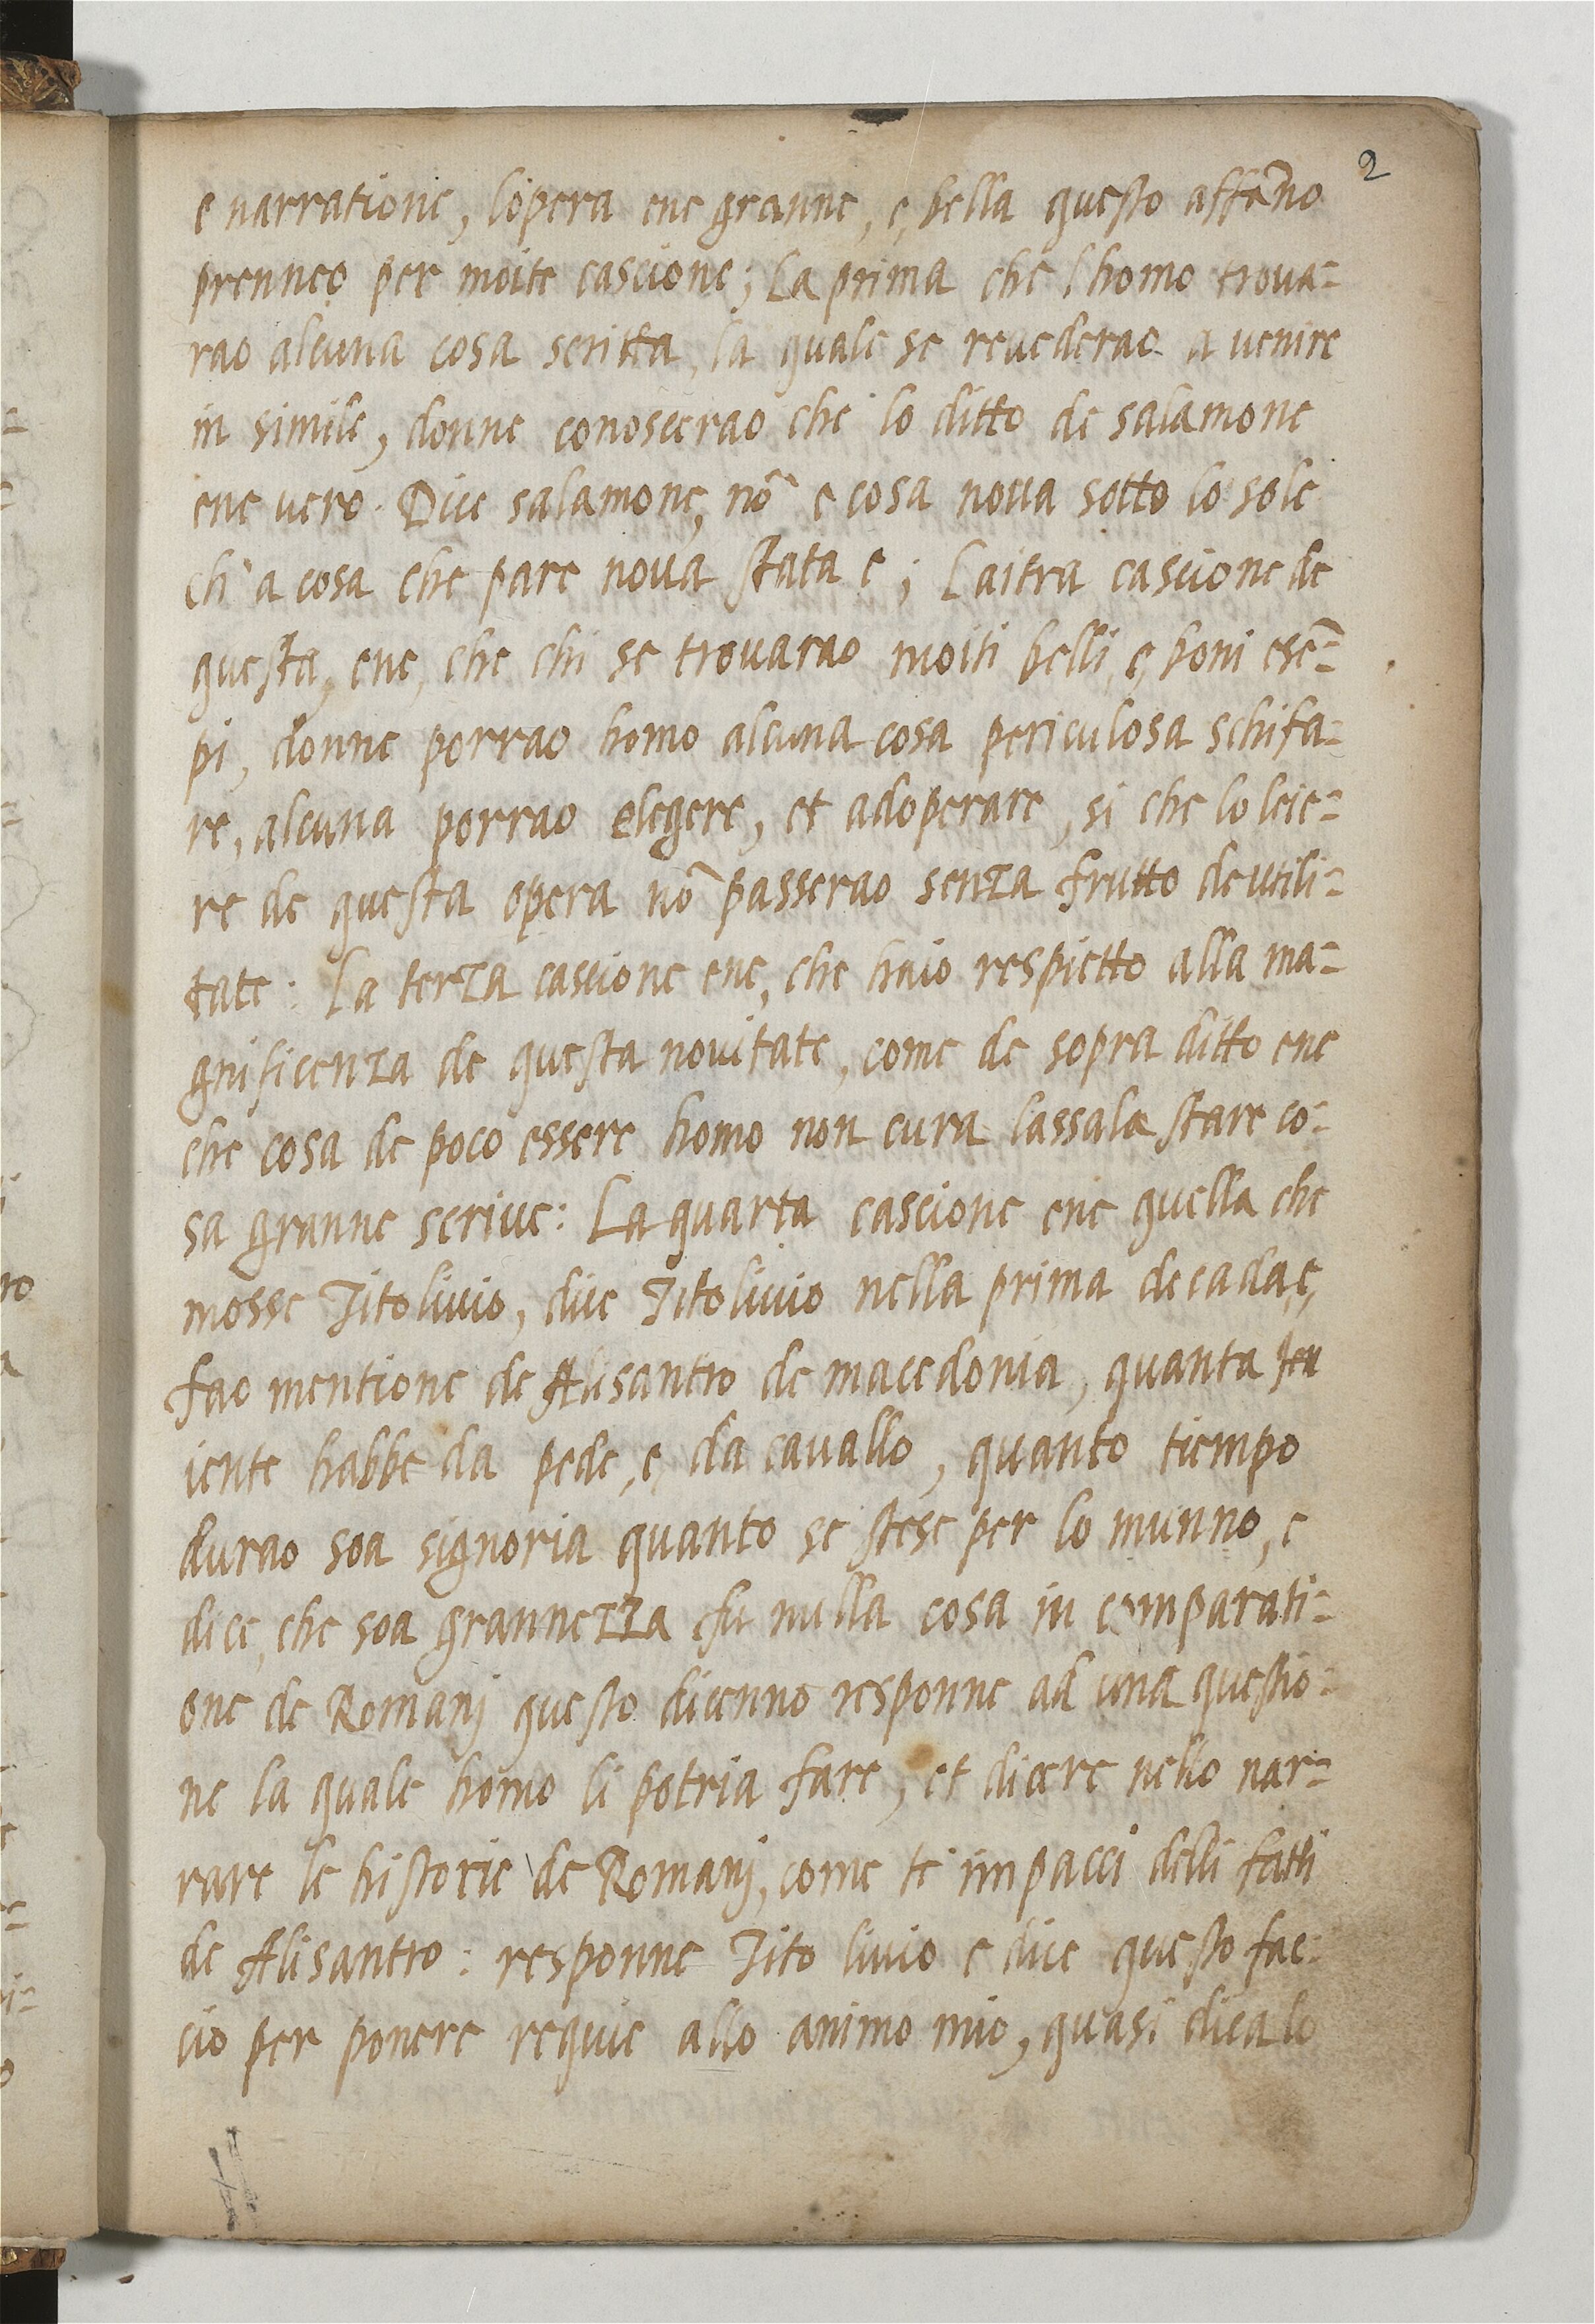
Shelfmark: Paris, BnF, ita. 820
Century: 16